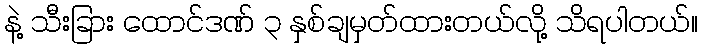
နဲ့ သီးခြား ထောင်ဒဏ် ၃ နှစ်ချမှတ်ထားတယ်လို့ သိရပါတယ်။